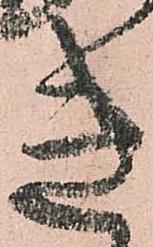
き